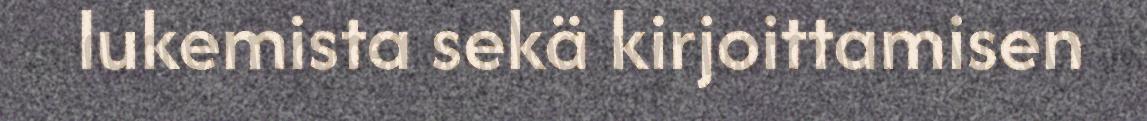
lukemista sekä kirjoittamisen